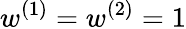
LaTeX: w^{(1)}=w^{(2)}=1